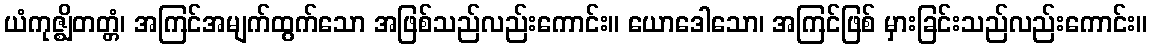
ယံကုဇ္ဈိတတ္တံ၊ အကြင်အမျက်ထွက်သော အဖြစ်သည်လည်းကောင်း။ ယောဒေါသော၊ အကြင်ဖြစ် မှားခြင်းသည်လည်းကောင်း။